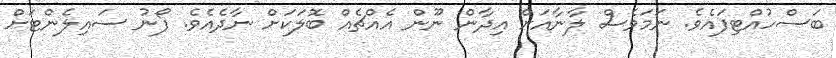
ބަސްހުއްޓިފައެވެ. ނަމަވެސް ލާނާއަށް އިދާން ނޫން އެއްޗެއް ބޮލަކަށް ނާދެއެވެ. ފޯނު ސައިލެންޓަށް